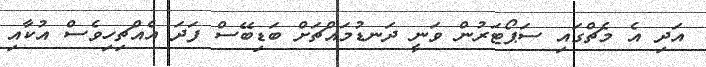
އަދި އެ މެޗްގައި ސަޕޯޓަރުން ވަނީ ދަނޑުމައްޗަށް ބަޑިބޭސް ފަދަ އެއްޗިހިވެސް އުކާއި